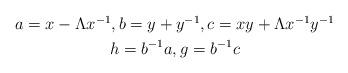
LaTeX: \begin{align*}\begin{gathered}a= x - \Lambda x^{-1}, b= y+y^{-1}, c= xy + \Lambda x^{-1}y^{-1} \\ h = b^{-1}a, g = b^{-1}c\end{gathered}\end{align*}